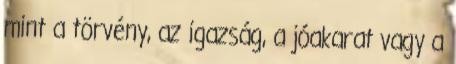
mint a törvény, az igazság, a jóakarat vagy a